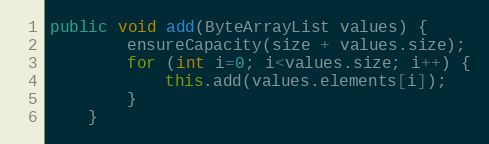
Language: Java
public void add(ByteArrayList values) {
        ensureCapacity(size + values.size);
        for (int i=0; i<values.size; i++) {
            this.add(values.elements[i]);
        }
    }